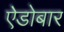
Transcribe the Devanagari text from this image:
ऐडोबार